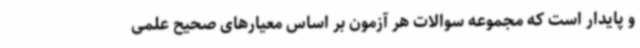
و پایدار است که مجموعه سوالات هر آزمون بر اساس معیارهای صحیح علمی